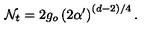
\mathcal { N } _ { t } = 2 g _ { o } \left( 2 \alpha ^ { \prime } \right) ^ { ( d - 2 ) / 4 } .